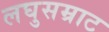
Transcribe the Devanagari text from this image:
लघुसम्राट